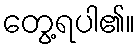
တွေ့ရပါ၏။